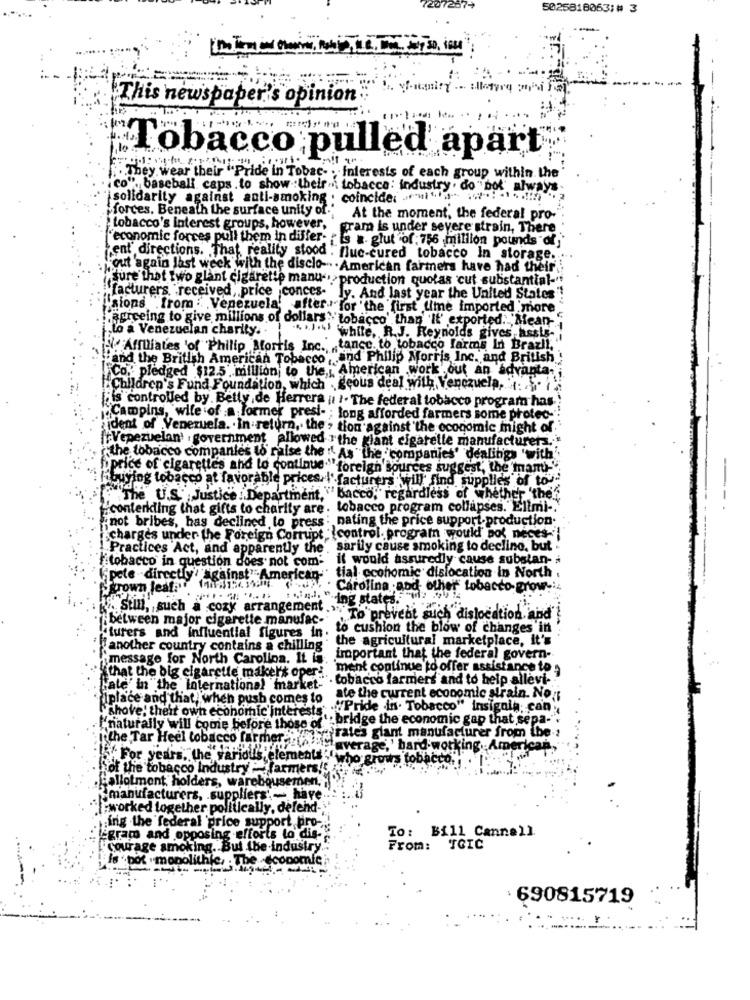
207267+
5025818063;# 3
This newspaper's opinion
Tobacco pulled apart
.. They wear their "Pride in Tobac- . Interests of each group within the
.co", baseball caps. to show :their", tobacco: industry . do not always
solidarity against anti-smoking . coincide; ni"- ... ...!!
"forces. Beneath the surface unity of."
At the moment, the federal pro-
tobacco's interest groups, however,
gram is under severe strain, There
"economic forces pull them in differ- , is a. glut of: 756 million pounds of,'
Fent directions. That, reality stood . flue-cured tobacco In storage.
out again last week with the disclo -.. . American farmers have had their'
"sure that two glant cigarette manu -, production quotas cut substantial-"
"facturers, "received, price conces- ly. And last year the United States
Laions .from : Venezuela' after- for the first time imported more
agreeing to give millions of dollars " tobacco' than 'It' exported. 'Mean-
lo a Venezuelan charity. .
white, R.J. Reynolds gives,assts-
. Affiliates 'of Philip sortis Inc. tance. to tobacco farms In Brazil,"
"and the British American Tobacco, and Philip Morris Inc. and British !!
Co .: pledged $12.5" million to the," American work out an advanta-
Children's Fund Foundation, which . geous deal with Venezuela, " .. ...
is controlled by Belly, de Herrera it !. The federal tobacco program has ;
"Campins, wile of :a former presi- ; long afforded farmers some protec-"
aident of Ven
uela. . In return, the > tion against the economic might of.
+Vepezuelan' . government allowed "the giant cigarette manufacturers."
the tobacco companies to raise the "" As " the 'companies' dealings 'with'
price of cigarettes and to continue "foreign sources suggest, the man)-".
-
ying tobacco at favorable prices l'facturers will find supplies of tou
The U.S.", Justice : Department, "bacco, regardless of whether 'the"
conteridling that gifts to charity are . tobacco program collapses."Ellmi -.
not bribes, has declined to press: nating the price support,production.
charges under the Foreign Corrupt "(control. program would not neces-
Practices Act, and apparently the', sarily cause smoking to decline, but
tobacco in question does not com: il would assuredly cause substan-
Spele directly' 'Against"American- tial economic dislocation in North
Peux . Carolina and other tobacco grow .:
..... .....
:. ind. "-ing states. i
Still, such a cozy arrangement ......
Tibetween major cigarette manufac-
:"To prevent such dislocation, and"
"turers and influential figures in, to cushion the blow of changes in
"another country contains a chilling . the agricultural marketplace, it's
message for North Carolina. It is. .
important that the federal govern-
ment continue to offer assistance to
Hate in the International market:" tobacco farmers and to help allevi-
*that the big cigarette maker's operi.
diplace and that, when push comes to
ate the current economic strain. No:
"shove! their own economic interests 'Pride in. Tobacco" Insignia can!
': bridge the economic gap that sepa-"
"'naturally will conie before those of
ya'rates giant manufacturer from the .:
is the Tar Heel tobacco farmer""
average,' bard working. American,
"For years, the various elements , who grows tobaco
of the tobacco Industry _ farmers !!
Eallotment holders, warebquse
manufacturers, . suppliers'-
ave
Eworked together politically, defend -.
ing the federal price support pro-
¿gram and opposing efforts to dis-
To: Bill Cannell
courage smoking. But the industry.
From: TGIC
Is pot . monolithic, . The -economic
: 690815719